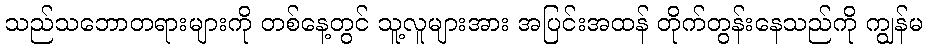
သည်သဘောတရားများကို တစ်နေ့တွင် သူ့လူများအား အပြင်းအထန် တိုက်တွန်းနေသည်ကို ကျွန်မ